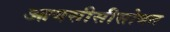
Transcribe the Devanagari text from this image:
आयसीसीसोबत